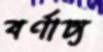
বর্ণাঢ্য